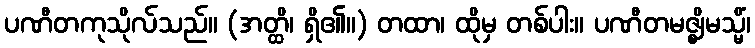
ပဏီတကုသိုလ်သည်။ (အတ္ထိ၊ ရှိ၏။) တထာ၊ ထိုမှ တစ်ပါး။ ပဏီတမဇ္ဈိမသ္မိံ၊